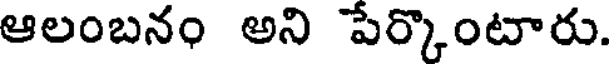
ఆలంబనం అని పేర్కొంటారు.